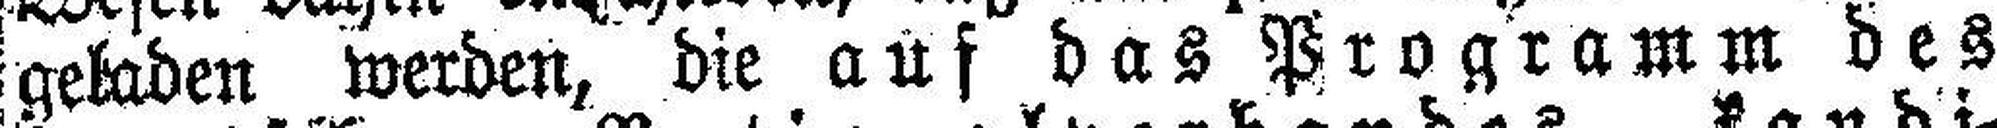
geladen werden, die auf das Programm des